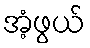
အံ့ဖွယ်